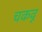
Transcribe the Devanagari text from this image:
चकवू